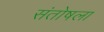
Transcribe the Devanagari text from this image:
संतोषला